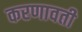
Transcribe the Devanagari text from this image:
करणावती